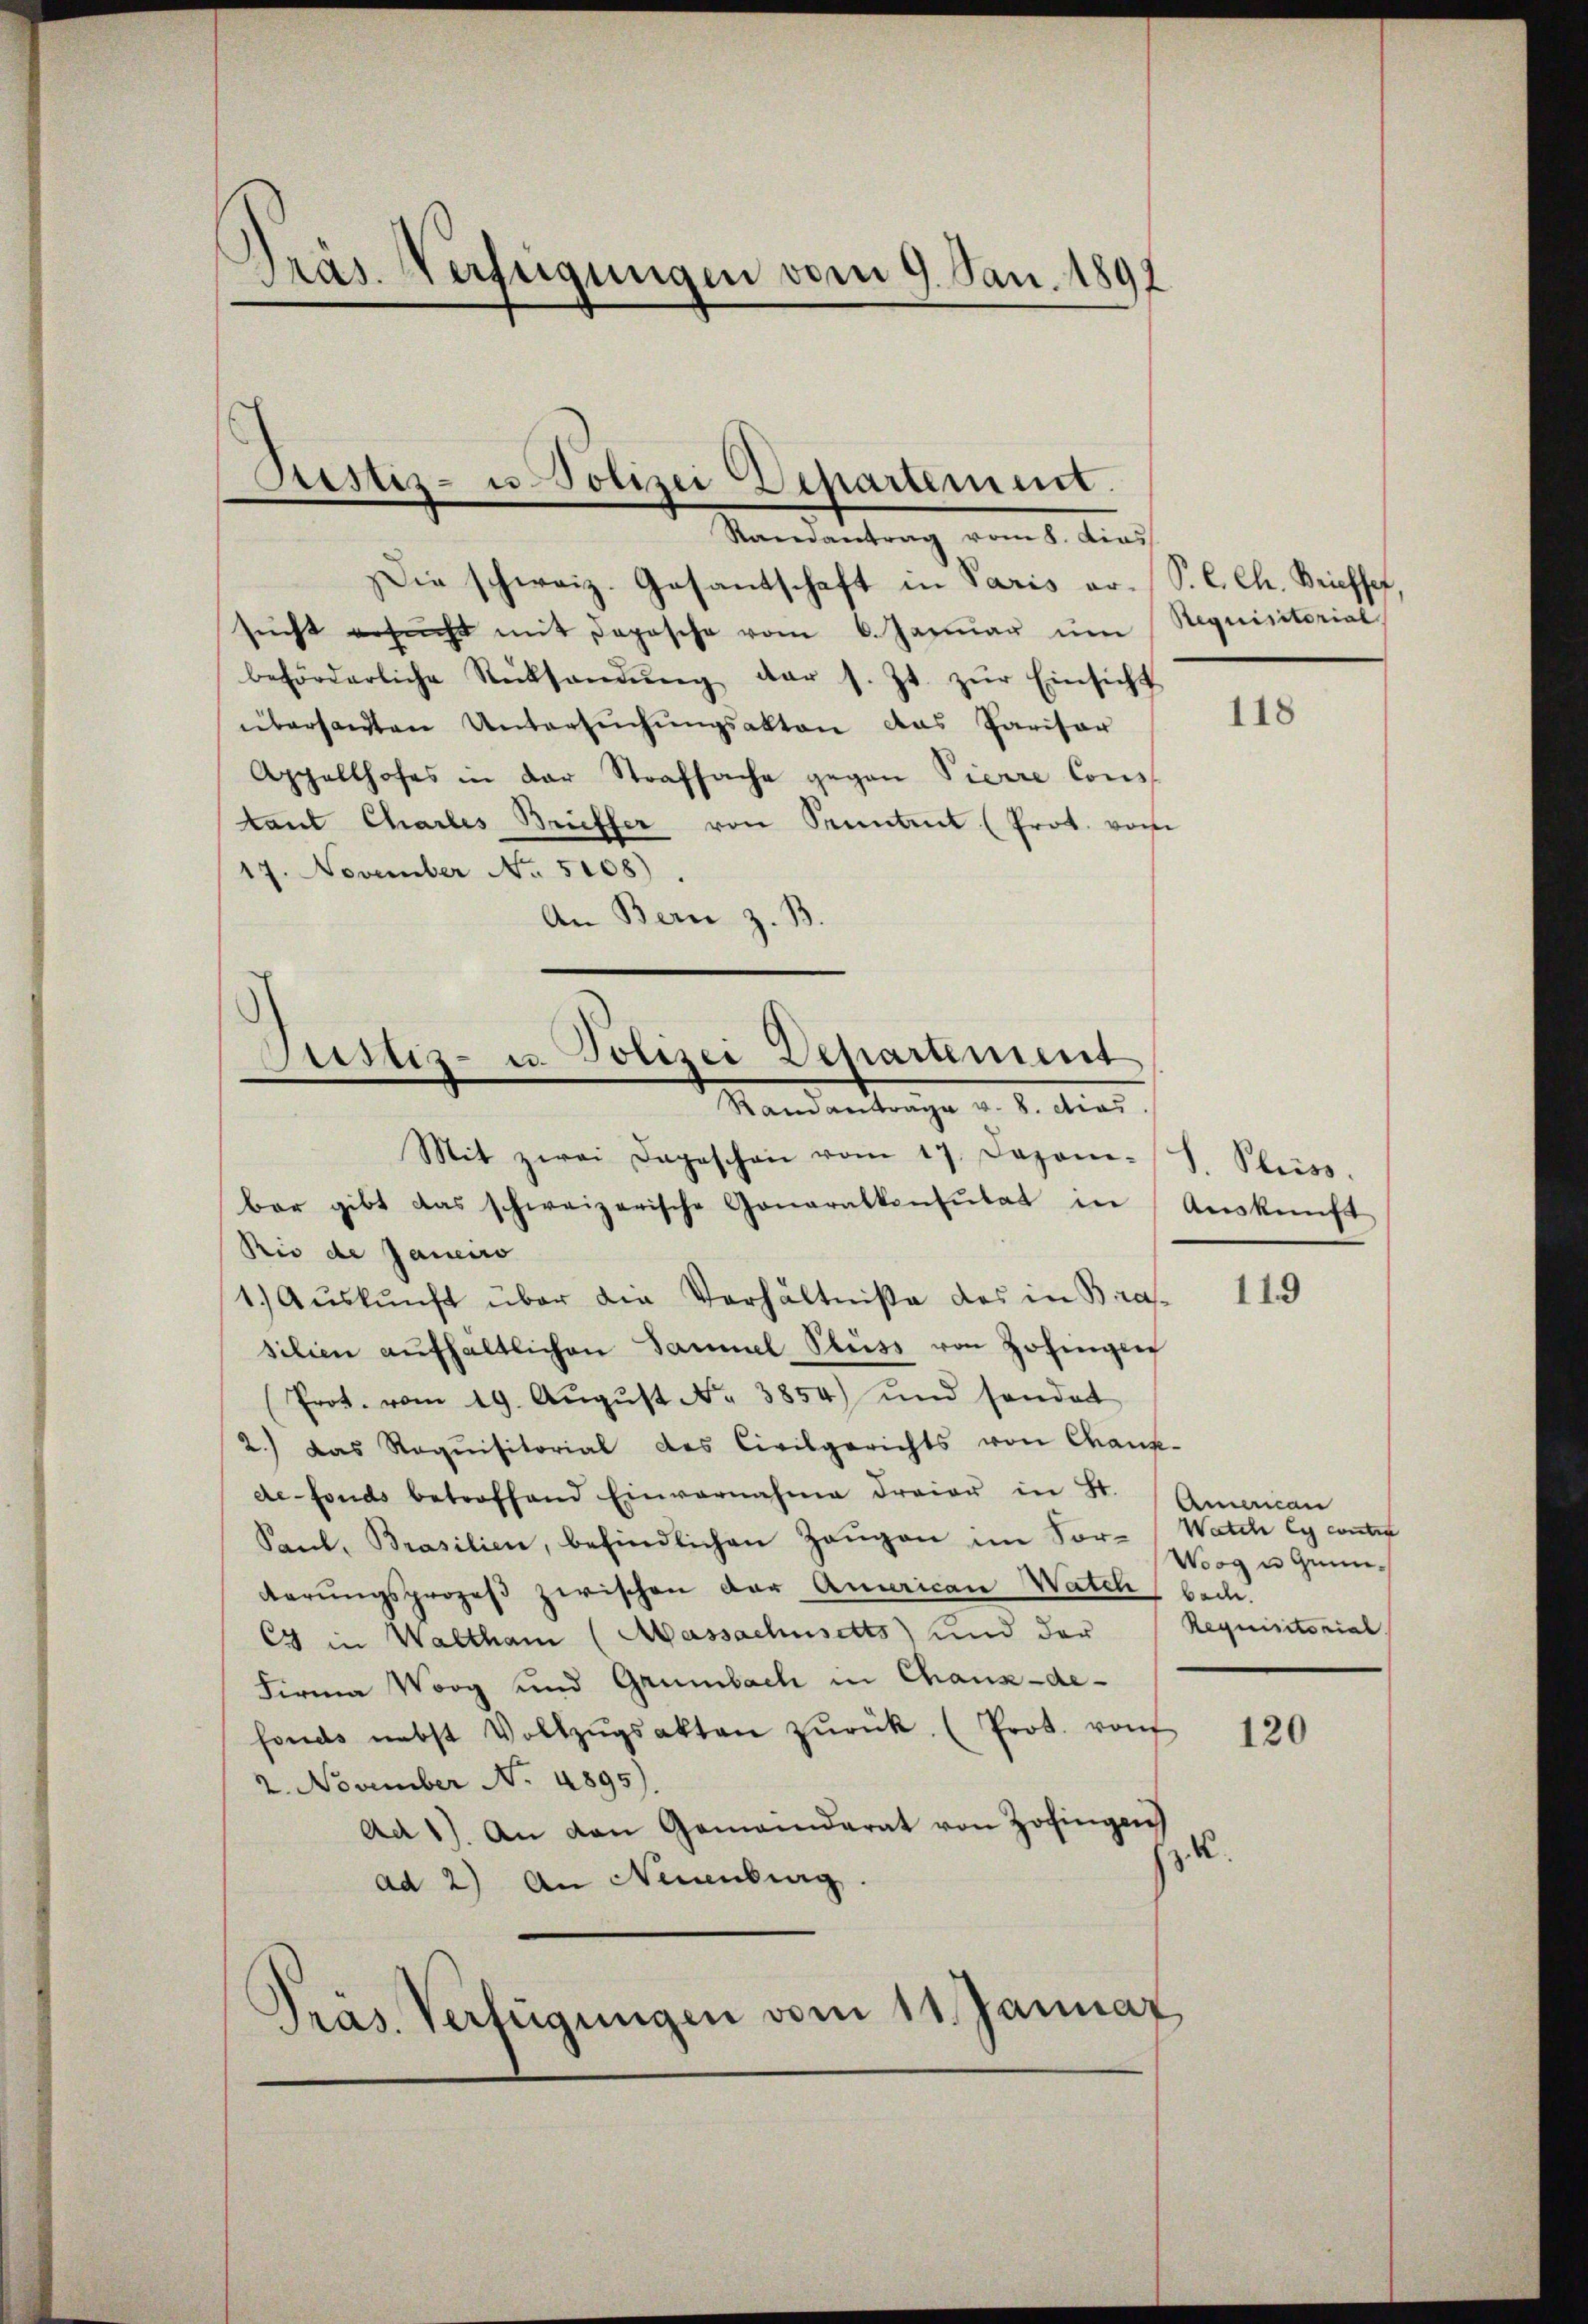
Pras. Verfügungen vom 9. Jan. 1891

Restiz- u. Polizei Departement.

Randantrag vom 8. dies
Die schweiz. Gesantschaft in Paris er (S. l. Ch. Briefsef,
sŭcht ersŭcht mit Depesche vom 6. Januar um Requisitorial
beförderliche Rücksendŭng der s. Zt. zŭr Einsicht
übersandten Untersuchungsakten das Parisar
Appellhofes in der Strafsache gegen Pierre Cons
tant Charlis Brieffer von Kenntent (Prot. vom
17. November No. 5108).
An Bern z. B.

.
Justiz- u. Polizei Departement
Randantrage v. 8. etias
Mit zwei Dageschon vom 17. Dazone-S. Pliss

bar gibt das schweizerische Generalkonsŭtat in Aŭskŭnft
Rio de Janeiro
1. Aŭskŭnft über die Verhältniße des in Bra
silien aŭfhältlichen Sammel Kluss von Zofingen
(Prot. vom 19. Aŭgŭst N. 3854) und sondet
2.) Das Requisitorial des Civilgerichts von Chank-
defonds betroffend Einvernahme dreier in St. American
Sant. Brasilien, befindlichen Zeŭgen im For-Watch Cy conter
terungsprozeß zwischen der Quarican Watch bach.
Cy in Waltham (Massachusetts und der
Firma Worg und Grünbach in Chaux-de-
fonds nebst Vollzŭgsakten zŭrück. (Prot. von
2. November No. 4895)
Ad 1). An den Gemeinderat von Zofingen
.K.
ad 2) An Neuenburg.
.
Pras. Verfügungen vom 11. Januar

118

119

Worg u Grun¬
Requisitorial

120